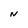
Character: N